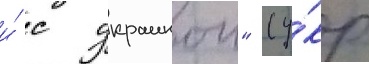
и́ с украинои" (у́кр